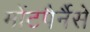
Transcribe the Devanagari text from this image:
मोंटपैर्नैसे